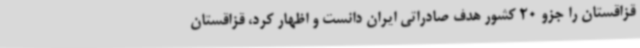
قزاقستان را جزو 20 کشور هدف صادراتی ایران دانست و اظهار کرد، قزاقستان